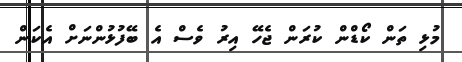
މުޅި ތަން ކޯޑްން ކުރަން ޖެހޭ އިރު ވެސް އެ ބޭފުޅުންނަށް އެކަން